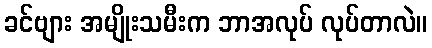
ခင်ဗျား အမျိုးသမီးက ဘာအလုပ် လုပ်တာလဲ။